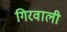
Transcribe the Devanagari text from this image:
गिरवाली